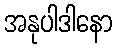
အနုပါဒါနော